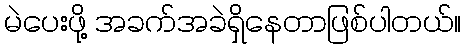
မဲပေးဖို့ အခက်အခဲရှိနေတာဖြစ်ပါတယ်။